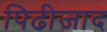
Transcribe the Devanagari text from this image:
पिढीजाद